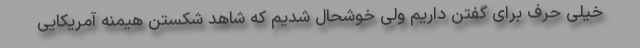
خیلی حرف برای گفتن داریم ولی خوشحال شدیم که شاهد شکستن هیمنه آمریکایی